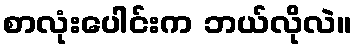
စာလုံးပေါင်းက ဘယ်လိုလဲ။